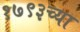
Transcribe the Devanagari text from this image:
१७९३च्या